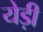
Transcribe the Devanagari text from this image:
येड़ी